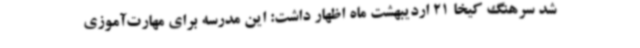
شد سرهنگ کیخا 21 اردیبهشت ماه اظهار داشت: این مدرسه برای مهارت‌آموزی